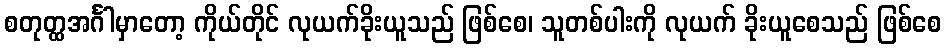
စတုတ္ထအင်္ဂါမှာတော့ ကိုယ်တိုင် လုယက်ခိုးယူသည် ဖြစ်စေ၊ သူတစ်ပါးကို လုယက် ခိုးယူစေသည် ဖြစ်စေ